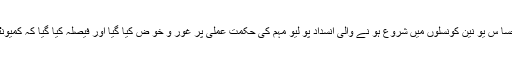
کمشنر کراچی شعیب احمد صدیقی کی صدارت میں ان کے دفتر میں ایک اجلا س میںآ ٹھ حسا س یو نین کونسلوں میں شروع ہو نے والی انسداد پو لیو مہم کی حکمت عملی پر غور و خو ض کیا گیا اور فیصلہ کیا گیا کہ کمیونٹی کے لوگوں کے تعاون سے مہم کو کامیاب بنانے کیلئے مربو ط کوششیں کی جائیں گی۔